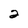
Character: 2